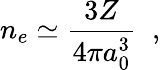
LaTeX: n_{e}\simeq\frac{3Z}{4\pi a_{0}^{3}}\; \; ,